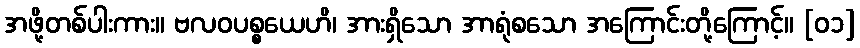
အဖို့တစ်ပါးကား။ ဗလဝပစ္စယေဟိ၊ အားရှိသော အာရုံစသော အကြောင်းတို့ကြောင့်။ [၀၁]